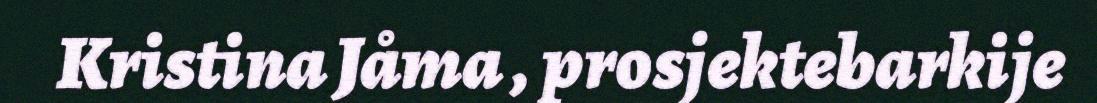
Kristina Jåma , prosjektebarkije